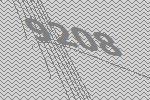
9208